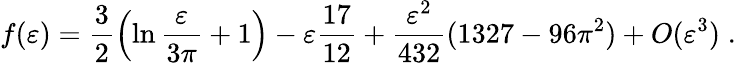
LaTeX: f(\varepsilon)=\frac{3}{2}\left(\ln\frac{\varepsilon}{3\pi}+1\right)-\varepsilon\frac{17}{12}+\frac{\varepsilon^{2}}{432}(1327-96\pi^{2})+O(\varepsilon^{3})\; .